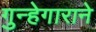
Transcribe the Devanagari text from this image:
गुन्हेगाराने